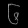
Digit: ၆